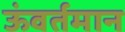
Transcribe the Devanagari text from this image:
ऊंवर्तमान